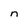
Character: n